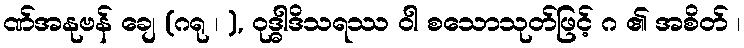
ဏ်အနုဗန် ချေ (ဂရု ၊ ), ဝုဒ္ဓါဒိသရဿ ဝါ စသောသုတ်ဖြင့် ဂ ၏ အစိတ် ၊